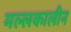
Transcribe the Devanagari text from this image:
मल्लकालीन